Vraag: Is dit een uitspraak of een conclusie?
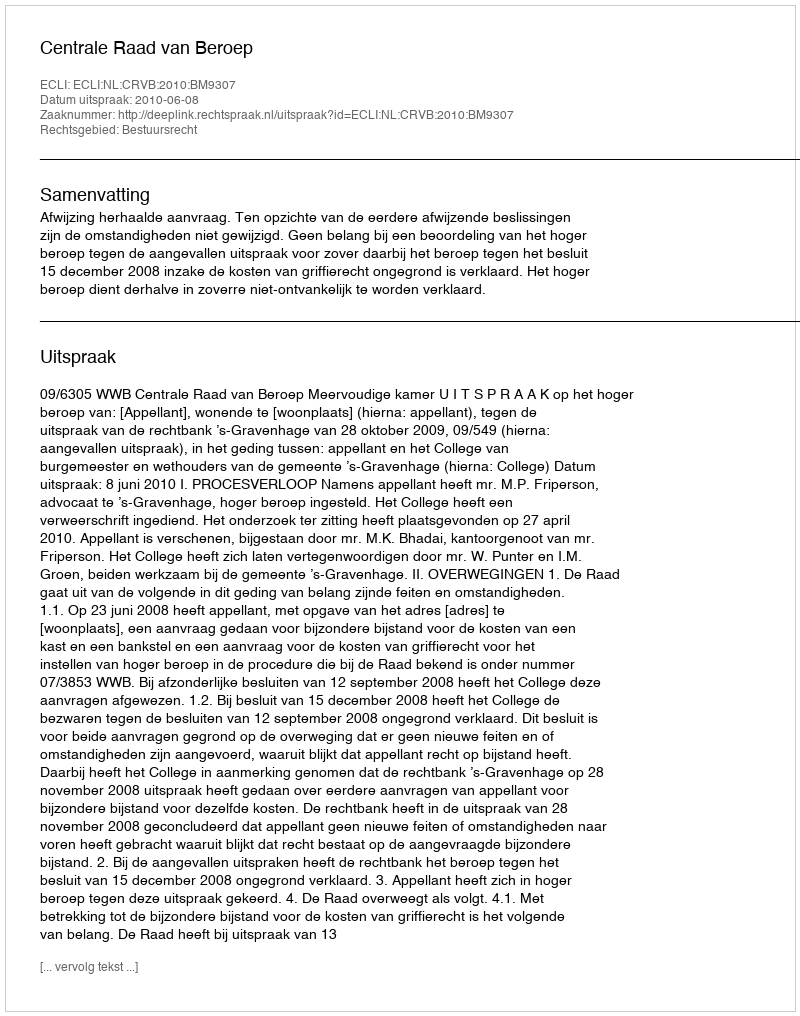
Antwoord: Uitspraak